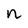
Character: n